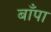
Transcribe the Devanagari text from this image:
बाँपा